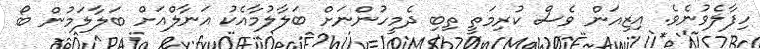
ހިފާލެވުނެވެ. އިޒިއަން ވެސް ކުރިމަތީ ތިބި ދެމީހުންނަށް ބަލާލުމާއެކު އަނާލްއަށް ބަލާލަމުން ބޯ